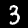
Label: 3